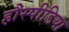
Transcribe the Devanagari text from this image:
हौस्पीडिया